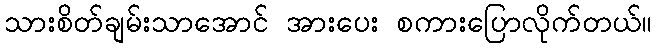
သားစိတ်ချမ်းသာအောင် အားပေး စကားပြောလိုက်တယ်။